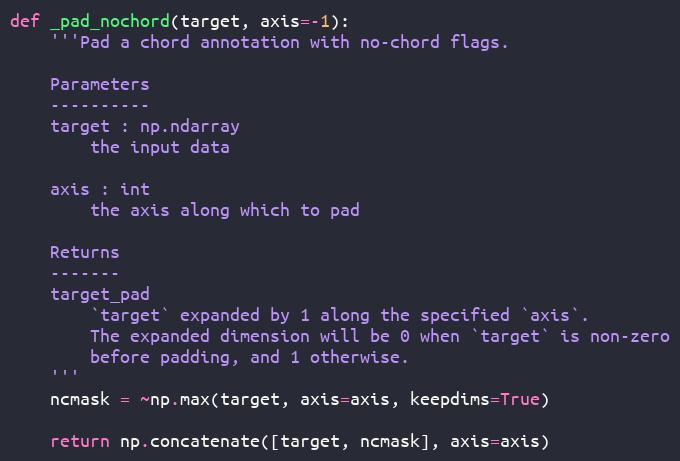
Language: Python
def _pad_nochord(target, axis=-1):
    '''Pad a chord annotation with no-chord flags.

    Parameters
    ----------
    target : np.ndarray
        the input data

    axis : int
        the axis along which to pad

    Returns
    -------
    target_pad
        `target` expanded by 1 along the specified `axis`.
        The expanded dimension will be 0 when `target` is non-zero
        before padding, and 1 otherwise.
    '''
    ncmask = ~np.max(target, axis=axis, keepdims=True)

    return np.concatenate([target, ncmask], axis=axis)